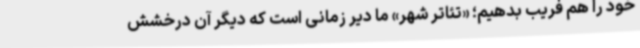
خود را هم فریب بدهیم؛ «تئاتر شهر» ما دیر زمانی است که دیگر آن درخشش